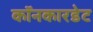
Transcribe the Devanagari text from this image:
कॉनकारडेट